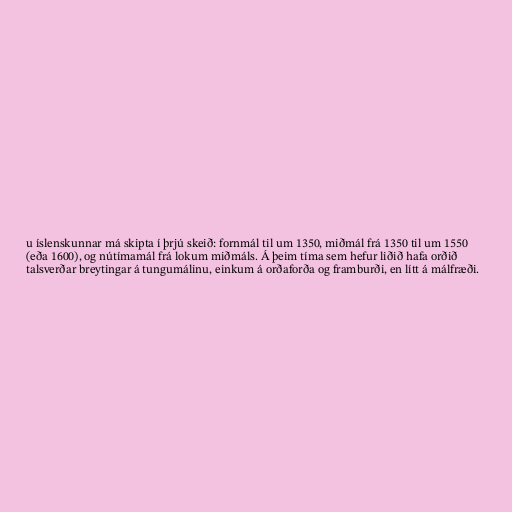
u íslenskunnar má skipta í þrjú skeið: fornmál til um 1350, miðmál frá 1350 til um 1550
(eða 1600), og nútímamál frá lokum miðmáls. Á þeim tíma sem hefur liðið hafa orðið
talsverðar breytingar á tungumálinu, einkum á orðaforða og framburði, en lítt á málfræði.